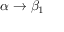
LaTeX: \alpha \rightarrow \beta _ { 1 }